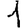
Digit: 1